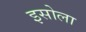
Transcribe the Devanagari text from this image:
इसोला